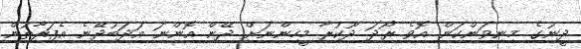
ދީނުގެ މިނިވަންކަން އޮވެ ރޯދަ ދޫކުރާ މީހިންނަށް ދޭން އޮންނަ އަދަބުދޭނެ އެފަރާތުން